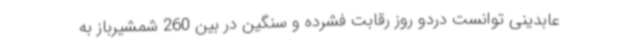
عابدینی توانست دردو روز رقابت فشرده و سنگین در بین 260 شمشیرباز به